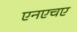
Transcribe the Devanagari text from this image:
एनएचए